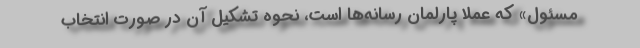
مسئول» که عملا پارلمان رسانه‌ها است، نحوه تشکیل آن در صورت انتخاب